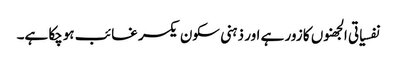
نفسیاتی الجھنوں کا زور ہے اور ذہنی سکون یکسر غائب ہوچکا ہے۔